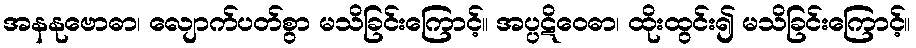
အနနုဗောဓာ၊ လျောက်ပတ်စွာ မသိခြင်းကြောင့်။ အပ္ပဋိဝေဓာ၊ ထိုးထွင်း၍ မသိခြင်းကြောင့်။